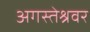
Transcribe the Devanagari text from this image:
अगस्‍तेश्रवर